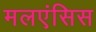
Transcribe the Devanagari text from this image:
मलएंसिस